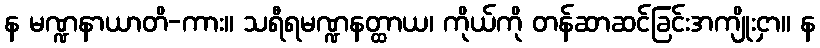
န မဏ္ဍနာယာတိ-ကား။ သရီရမဏ္ဍနတ္ထာယ၊ ကိုယ်ကို တန်ဆာဆင်ခြင်းအကျိုးငှာ။ န